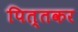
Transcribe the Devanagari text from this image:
पित्तकर